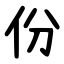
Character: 份